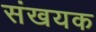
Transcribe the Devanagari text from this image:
संखयक